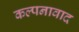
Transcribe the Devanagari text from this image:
कल्पनावाद